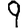
Digit: 9